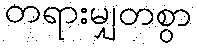
တရားမျှတစွာ